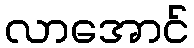
လာအောင်